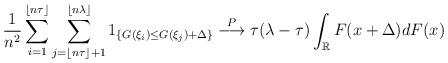
LaTeX: \begin{align*}\frac{1}{n^2}\sum\limits_{i=1}^{\lfloor n\tau\rfloor}\sum\limits_{j=\lfloor n\tau\rfloor +1}^{\lfloor n\lambda \rfloor}1_{\left\{G(\xi_i)\leq G(\xi_j)+\Delta\right\}}\overset{P}{\longrightarrow}\tau(\lambda-\tau)\int_{\mathbb{R}}F(x+\Delta)dF(x)\end{align*}